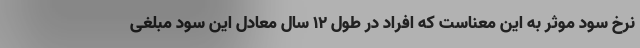
نرخ سود موثر به این معناست که افراد در طول ۱۲ سال معادل این سود مبلغی